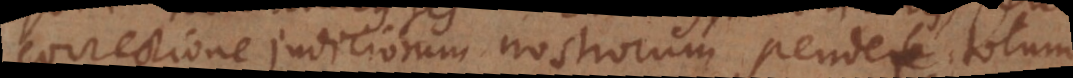
correctione judiciorum nostrorum pendet totum